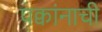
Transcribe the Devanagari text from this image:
पक्वांनाची